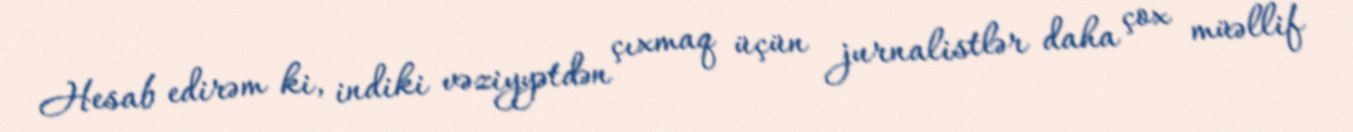
Hesab edirəm ki, indiki vəziyyətdən çıxmaq üçün jurnalistlər daha çox müəllif